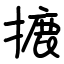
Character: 摝